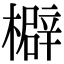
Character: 檘